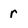
Character: r